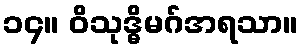
၁၄။ ဝိသုဒ္ဓိမဂ်အရသာ။